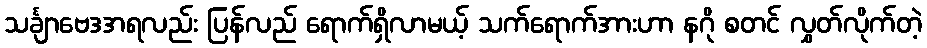
သင်္ချာဗေဒအရလည်း ပြန်လည် ရောက်ရှိလာမယ့် သက်ရောက်အားဟာ နဂို စတင် လွှတ်လိုက်တဲ့